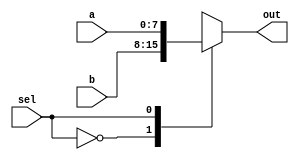
module top_module (
    input sel,
    input [7:0] a,
    input [7:0] b,
    output [7:0] out  );

  //assign out = (~sel & a) | (sel & b);  因為sel 是 1個bit， 而a跟b 都是 8bit，故不能用bitwise
  
  //assign out = sel ? a : b;
    always @(*) begin
        case (sel)
            0: out = b;
            1: out = a;
        endcase
    end
    
endmodule